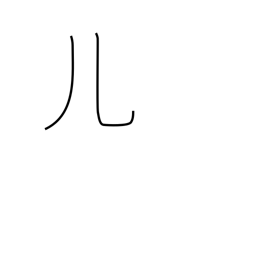
Meaning: legs radical (no. 10)